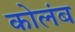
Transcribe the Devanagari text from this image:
कोलंब